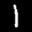
Label: 1